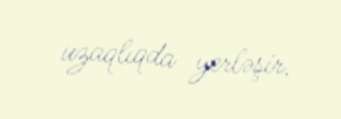
uzaqlıqda yerləşir.